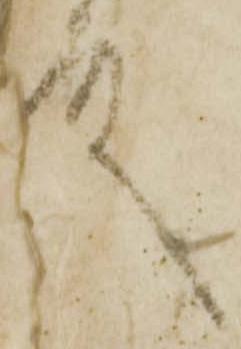
殿